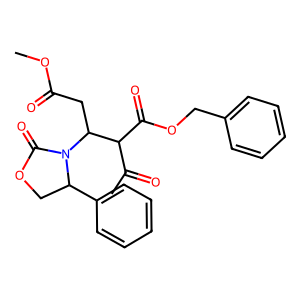
SMILES: COC(=O)CC(C(C(C)=O)C(=O)OCc1ccccc1)N1C(=O)OCC1c1ccccc1
Inhibits HIV replication: No